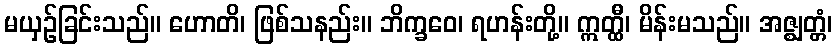
မယှဉ်ခြင်းသည်။ ဟောတိ၊ ဖြစ်သနည်း။ ဘိက္ခဝေ၊ ရဟန်းတို့။ ဣတ္ထီ၊ မိန်းမသည်။ အဇ္ဈတ္တံ၊